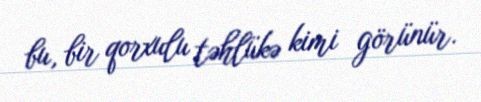
bu, bir qorxulu təhlükə kimi görünür.